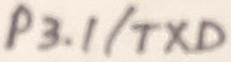
Text: P3.1/TXD